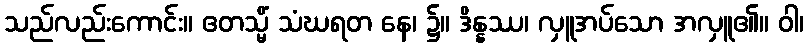
သည်လည်းကောင်း။ ဧတသ္မိံ သံဃရတ နေ၊ ၌။ ဒိန္နဿ၊ လှူအပ်သော အလှူ၏။ ဝါ၊